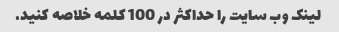
لینک وب سایت را حداکثر در 100 کلمه خلاصه کنید.